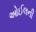
ઓઈલની